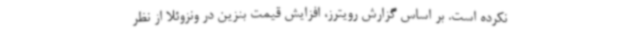
نکرده است. بر اساس گزارش رویترز، افزایش قیمت بنزین در ونزوئلا از نظر